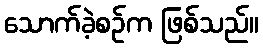
သောက်ခဲ့စဉ်က ဖြစ်သည်။